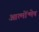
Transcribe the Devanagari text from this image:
आत्मोंन्मेष